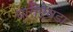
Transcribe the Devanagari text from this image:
घारीऐवडा